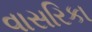
વાસરિકા